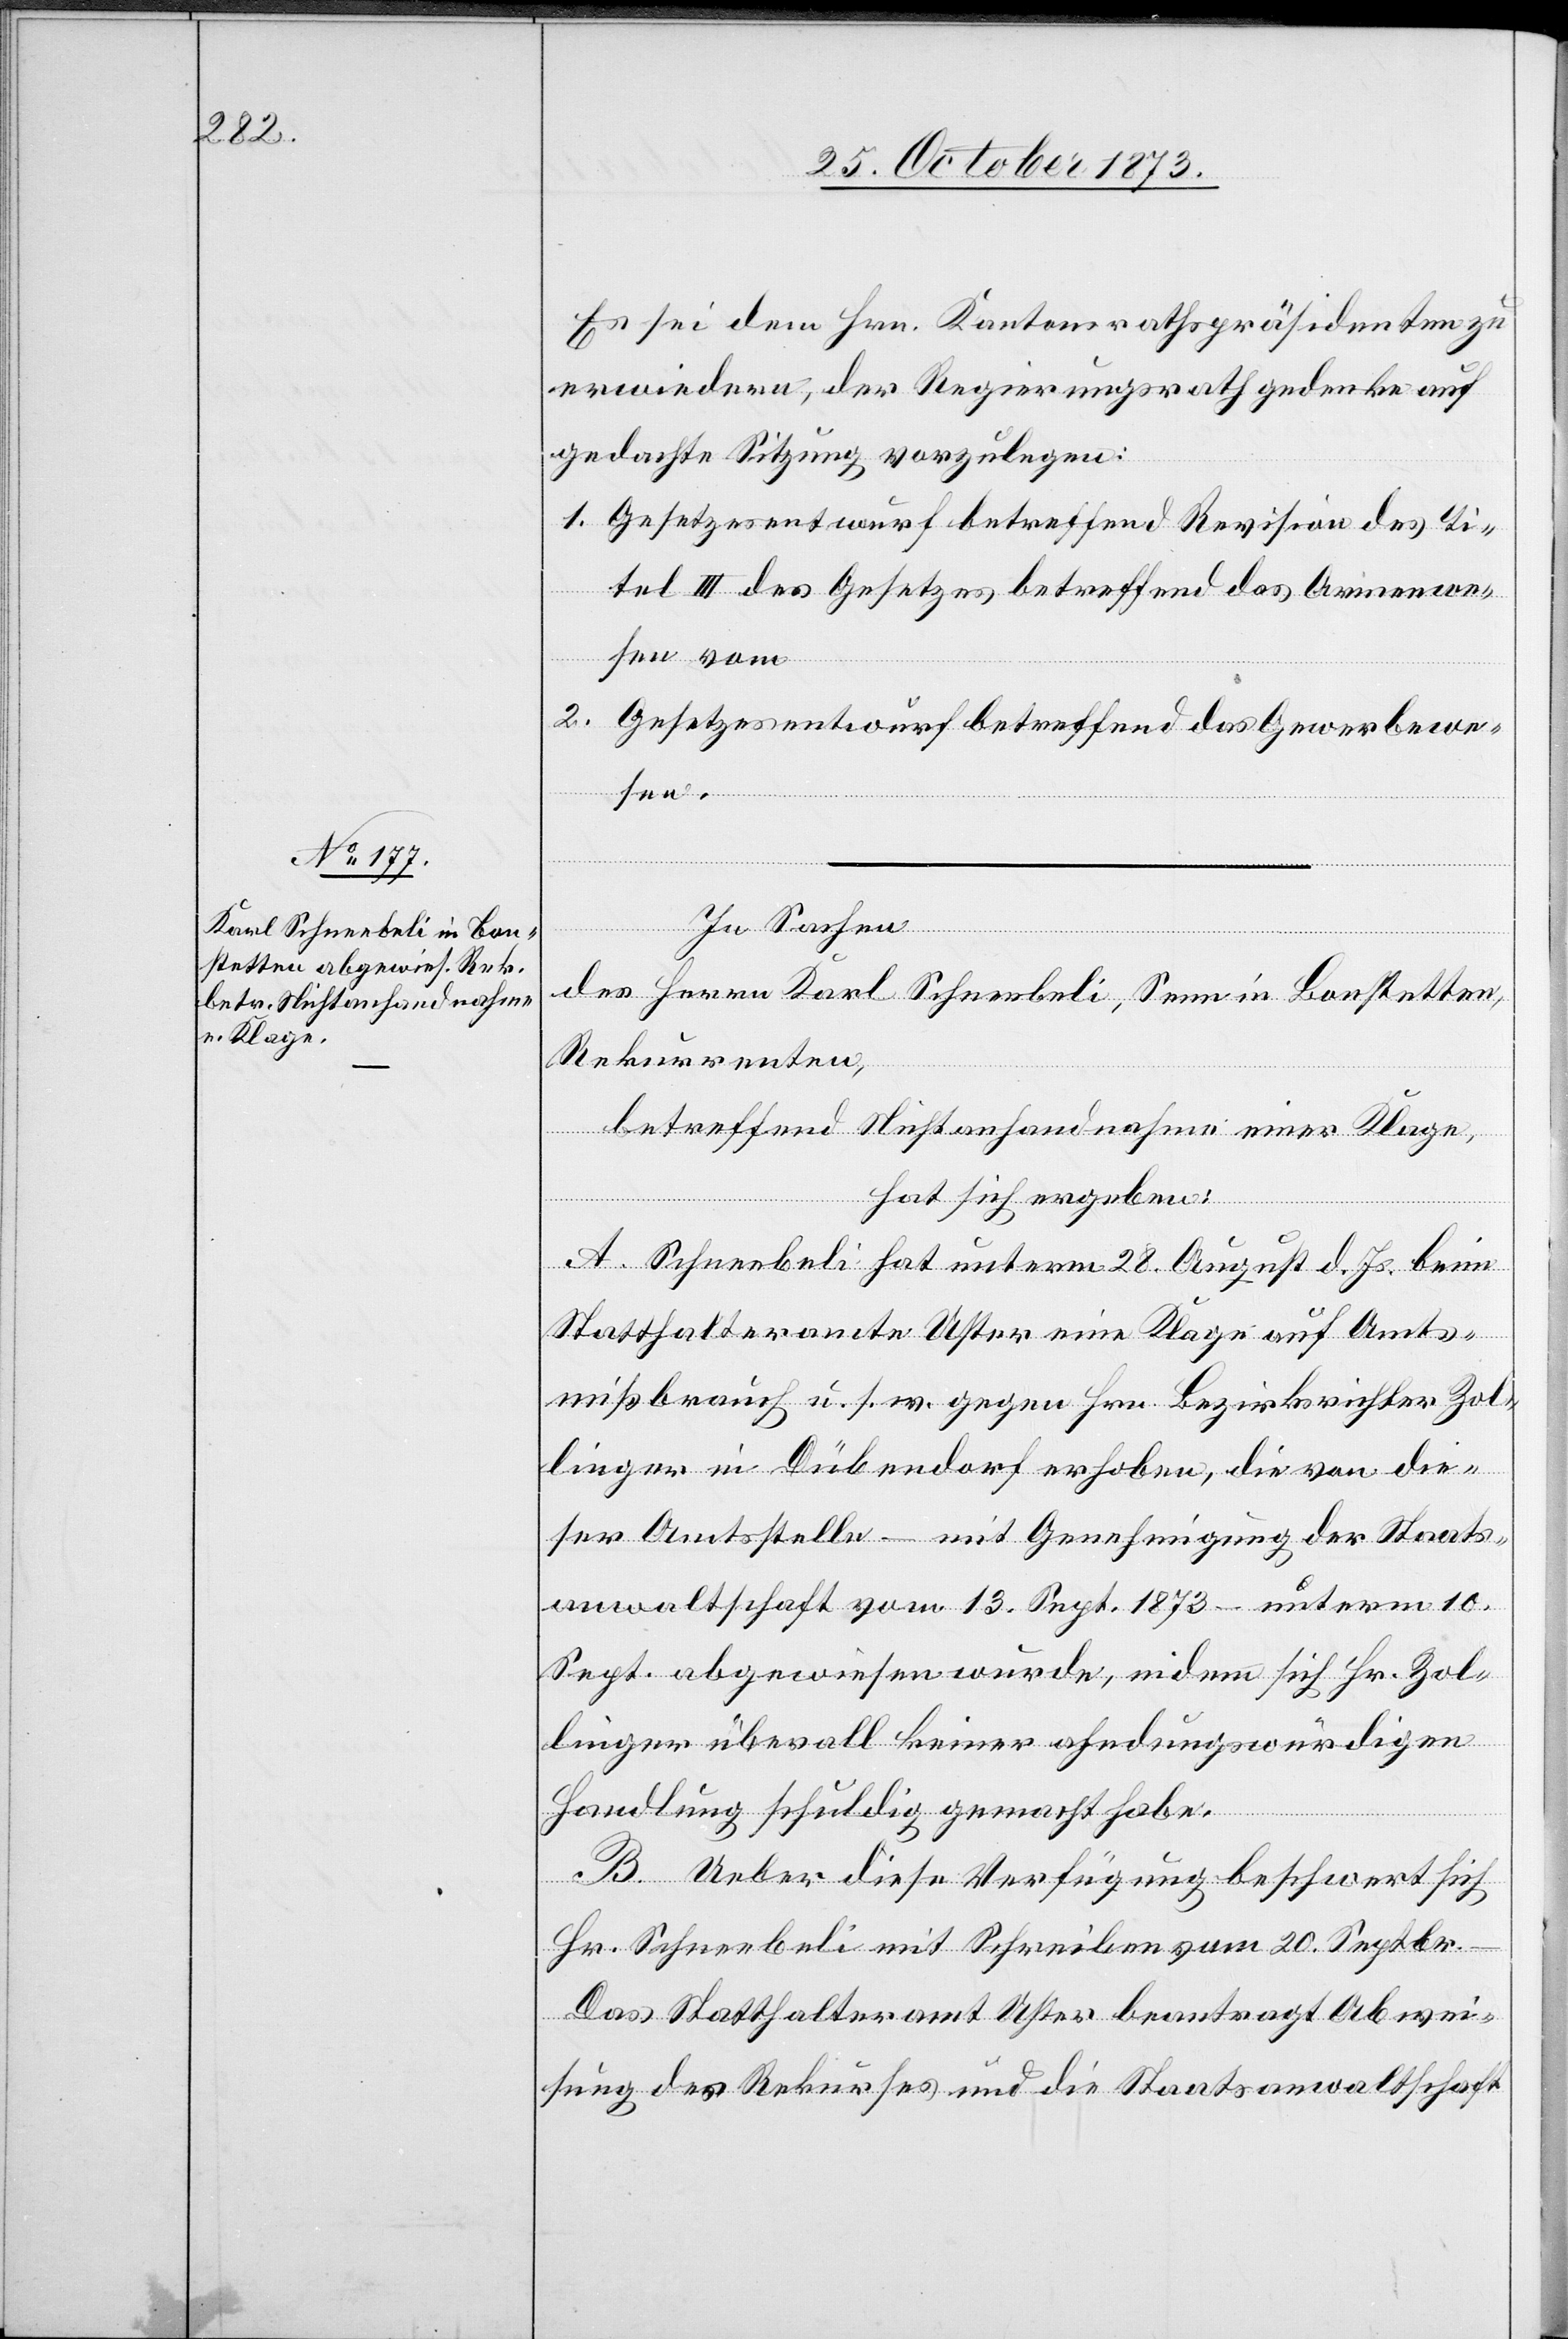
Es sei dem Hrn. Kantonsrathspräsidenten zu
erwiedern, der Regierungsrath gedenke auf
gedachte Sitzung vorzulegen:
1. Gesetzesentwurf betreffend Revision des Ti¬
tel III des Gesetzes betreffend das Armenwe¬
sen vom …
2. Gesetzesentwurf betreffend das Gewerbewe¬
sen.
In Sachen
des Herrn Karl Schneebeli, Senn in Bonstetten,
Rekurrenten,
betreffend Nichtanhandnahme einer Klage,
hat sich ergeben:
A. Schneebeli hat unterm 28. August d. Js. beim
Statthalteramte Uster eine Klage auf Amts¬
mißbrauch u. s. w. gegen Hrn. Bezirksrichter Zol¬
linger in Dübendorf erhoben, die von die¬
ser Amtsstelle – mit Genehmigung der Staats¬
anwaltschaft vom 13. Sept. 1873 – unterm 10.
Sept. abgewiesen wurde, indem sich Hr. Zol¬
linger überall keiner ahndungswürdigen
Handlung schuldig gemacht habe.
B. Ueber diese Verfügung beschwert sich
Hr. Schneebeli mit Schreiben vom 20. Septbr.
Das Statthalteramt Uster beantragt Abwei¬
sung des Rekurses und die Staatsanwaltschaft